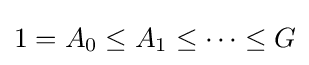
1=A_{0}\leq A_{1}\leq \cdots \leq G